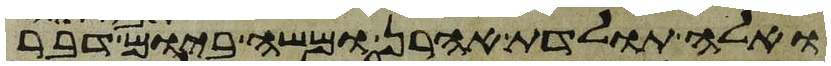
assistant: ואלה תולדת אהרן ומשה ביום דבר